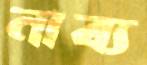
নাব্য